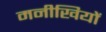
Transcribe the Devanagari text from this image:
मनीखियों